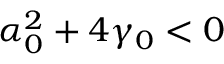
\alpha _ { 0 } ^ { 2 } + 4 \gamma _ { 0 } < 0